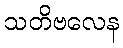
သတိဗလေန